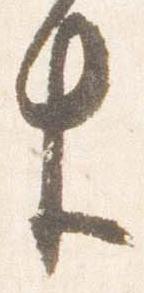
生